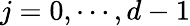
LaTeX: j=0,\cdots,d-1